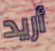
أريد